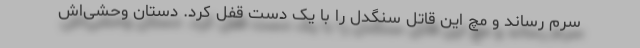
سرم رساند و مچ این قاتل سنگدل را با یک دست قفل کرد. دستان وحشی‌اش